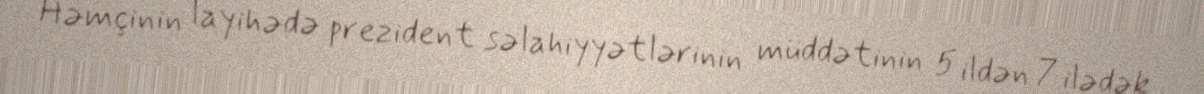
Həmçinin layihədə prezident səlahiyyətlərinin müddətinin 5 ildən 7 ilədək